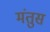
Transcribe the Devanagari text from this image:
मंतुस